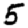
Digit: 5